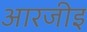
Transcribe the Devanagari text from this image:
आरजीइ